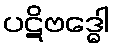
ပဋိဗဒ္ဓေါ